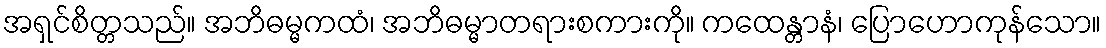
အရှင်စိတ္တသည်။ အဘိဓမ္မကထံ၊ အဘိဓမ္မာတရားစကားကို။ ကထေန္တာနံ၊ ပြောဟောကုန်သော။